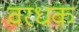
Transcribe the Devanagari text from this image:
वरधक